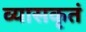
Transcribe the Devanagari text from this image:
व्यासकृतं